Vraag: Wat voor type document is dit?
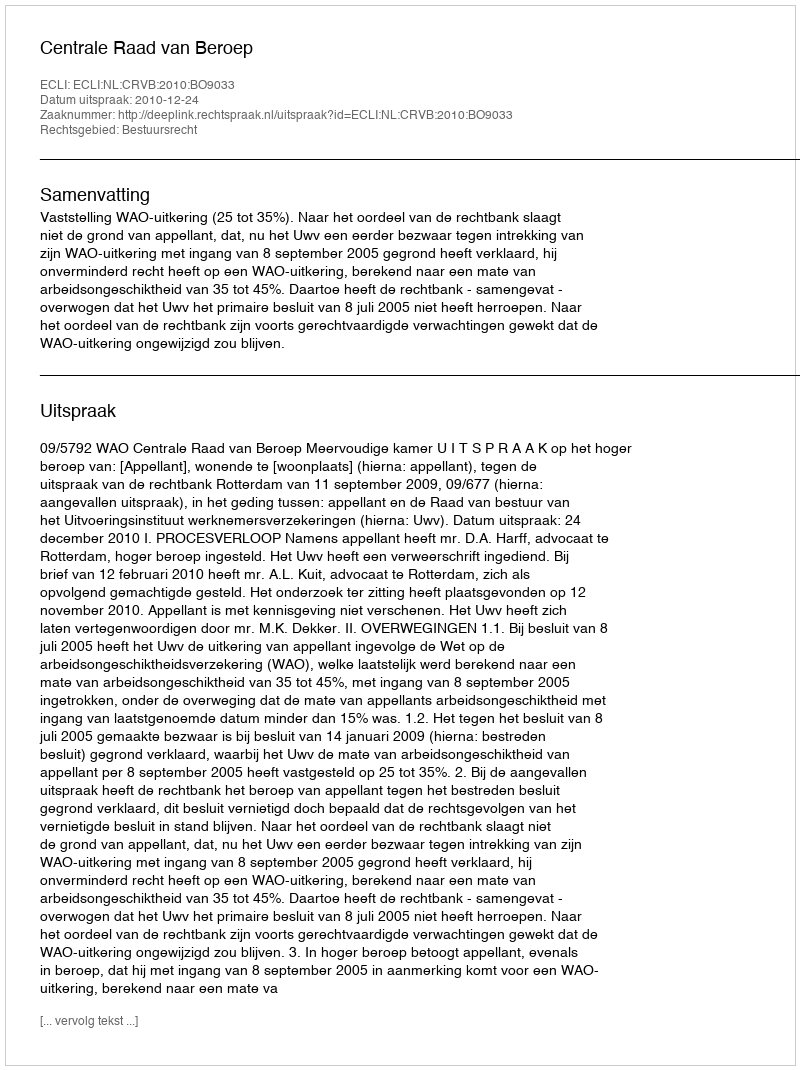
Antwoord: Uitspraak